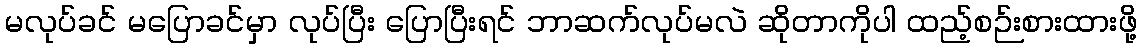
မလုပ်ခင် မပြောခင်မှာ လုပ်ပြီး ပြောပြီးရင် ဘာဆက်လုပ်မလဲ ဆိုတာကိုပါ ထည့်စဉ်းစားထားဖို့